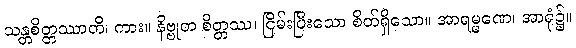
သန္တစိတ္တဿာတိ၊ ကား။ နိဗ္ဗုတ စိတ္တဿ၊ ငြိမ်းပြီးသော စိတ်ရှိသော။ အာရမ္မဏေ၊ အာရုံ၌။